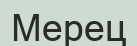
Мерец